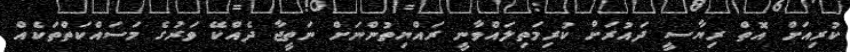
ކުރިއަށް އޮތް ރިޔާސީ ދައުރަށް ކުރިމަތިލައްވާނީ ރައްޔިތުންނަށް ނަތީޖާ ދެއްކޭ ވަރުގެ މަސައްކަތްތަކެއް